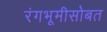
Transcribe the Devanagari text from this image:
रंगभूमीसोबत